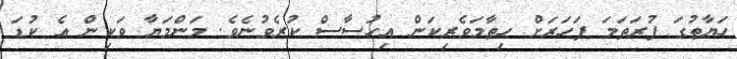
ހަޔާތުގަ ފުރަތަމަ ފަހަރަށް ހިތާމަވެރިކަން އިހުސާސް ކުރެވުނެވެ. މަންމަޔާ ވަކިން އެ ކުޑަ